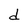
Character: d